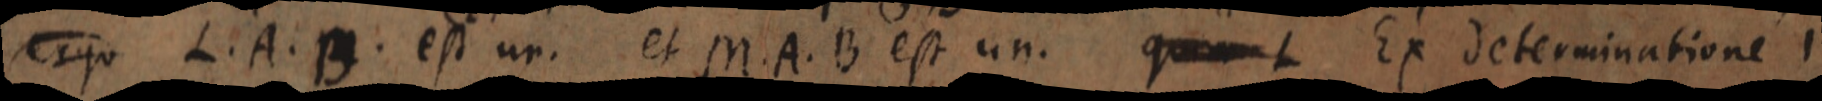
ergo L. A. B. est un. et M. A. B est un. quam L Ex determinatione 1